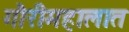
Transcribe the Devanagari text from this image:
गौरीमहालात